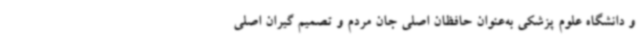
و دانشگاه علوم پزشکی به‌عنوان حافظان اصلی جان مردم و تصمیم گیران اصلی